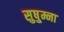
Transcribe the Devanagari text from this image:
सुषु्म्ना